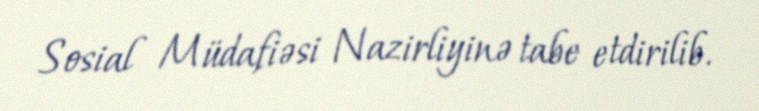
Sosial Müdafiəsi Nazirliyinə tabe etdirilib.